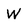
Character: W